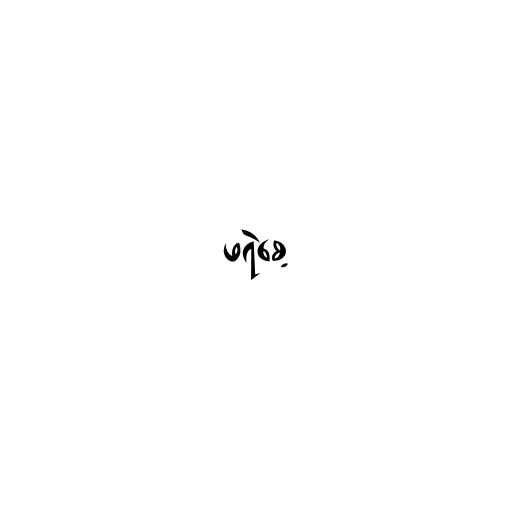
ဖရဲစေ့